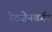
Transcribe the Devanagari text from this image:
रेटज़ेनबर्गर